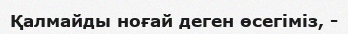
Қалмайды ноғай деген өсегіміз, -